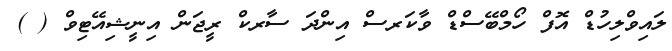
ލައިވްލިހުޑް އޮފް ހޯމްބޭސްޑް ވާކަރސް އިންދަ ސާރކް ރީޖަން އިނީޝިއޭޓިވް ( )